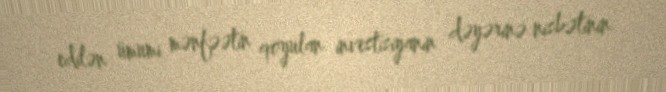
edilən ümumi mənfəətin qoyulan investisiyanın dəyərinə nisbətinin